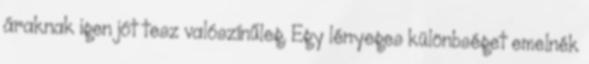
áraknak igen jót tesz valószínűleg. Egy lényeges különbséget emelnék